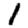
Digit: 1